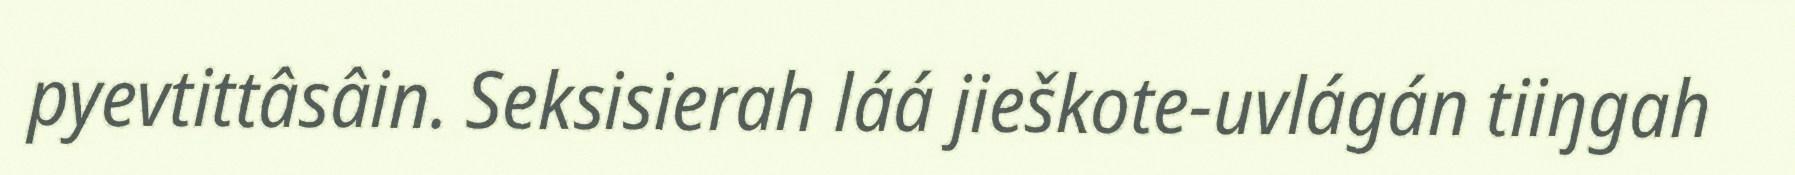
pyevtittâsâin. Seksisierah láá jieškote-uvlágán tiiŋgah